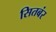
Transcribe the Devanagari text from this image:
सितबंर